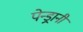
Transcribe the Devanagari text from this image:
पेन्ड्रानी